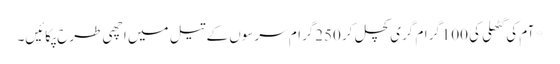
*آم کی گٹھلی کی 100گرام گری کچل کر 250گرام سرسوں کے تیل میں اچھی طرح پکائیں۔